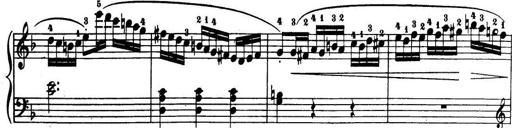
Title: 32 Sonatinas and Rondos for the Piano
Composer: Richard Kleinmichel